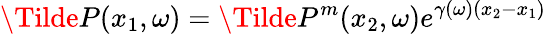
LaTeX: \Tilde{P}(x_{1},\omega)=\Tilde{P}^{m}(x_{2},\omega)e^{\gamma(\omega)(x_{2}-x_{1})}